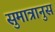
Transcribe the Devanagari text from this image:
सुमात्रानुस